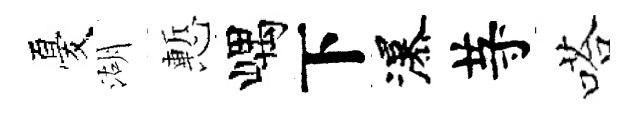
憂湖慙嵎下瀑䒭嗒